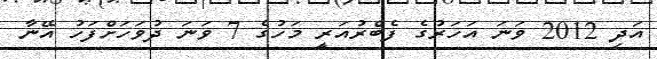
އަދި 2012 ވަނަ އަހަރުގެ ފެބްރުއަރީ މަހުގެ 7 ވަނަ ދުވަހަށްފަހު އޭނާ